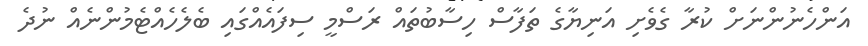
އަންހެނުންނަށް ކުރާ ގެވެށި އަނިޔާގެ ތަފާސް ހިސާބުތައް ރަސްމީ ސިފައެއްގައި ބެލެހެއްޓެމުންނެއް ނުދެ